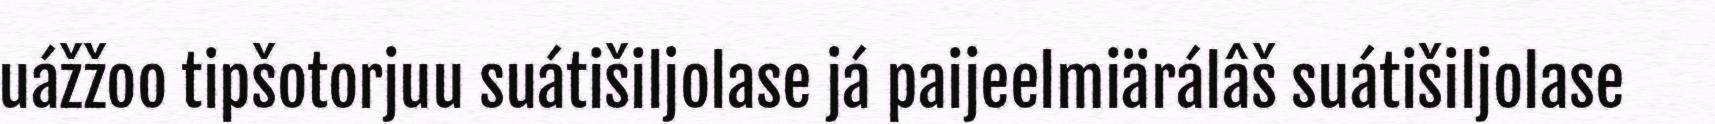
uážžoo tipšotorjuu suátišiljolase já paijeelmiärálâš suátišiljolase